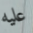
عليه